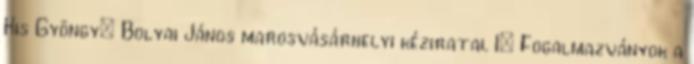
Kis Gyöngy: Bolyai János marosvásárhelyi kéziratai. I: Fogalmazványok a